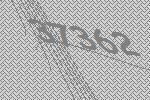
37362